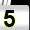
Digit: 5